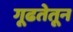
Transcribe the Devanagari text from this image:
गूढतेतून